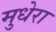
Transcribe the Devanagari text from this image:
मुधेरा